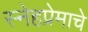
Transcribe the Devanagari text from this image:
स्नेहप्रेमाचे